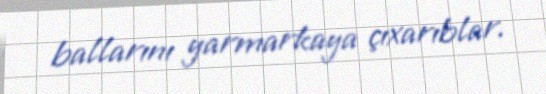
ballarını yarmarkaya çıxarıblar.